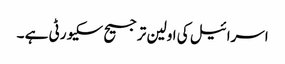
اسرائیل کی اولین ترجیح سکیورٹی ہے ۔